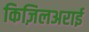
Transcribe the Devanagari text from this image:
किज़िलअराई